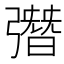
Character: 㣅